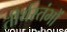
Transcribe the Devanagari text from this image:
तीर्थस्तंभों